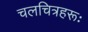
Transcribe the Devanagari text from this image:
चलचित्रहरूः